NAE_Eesti_seltside_protokollid_1900-1917, lk 6
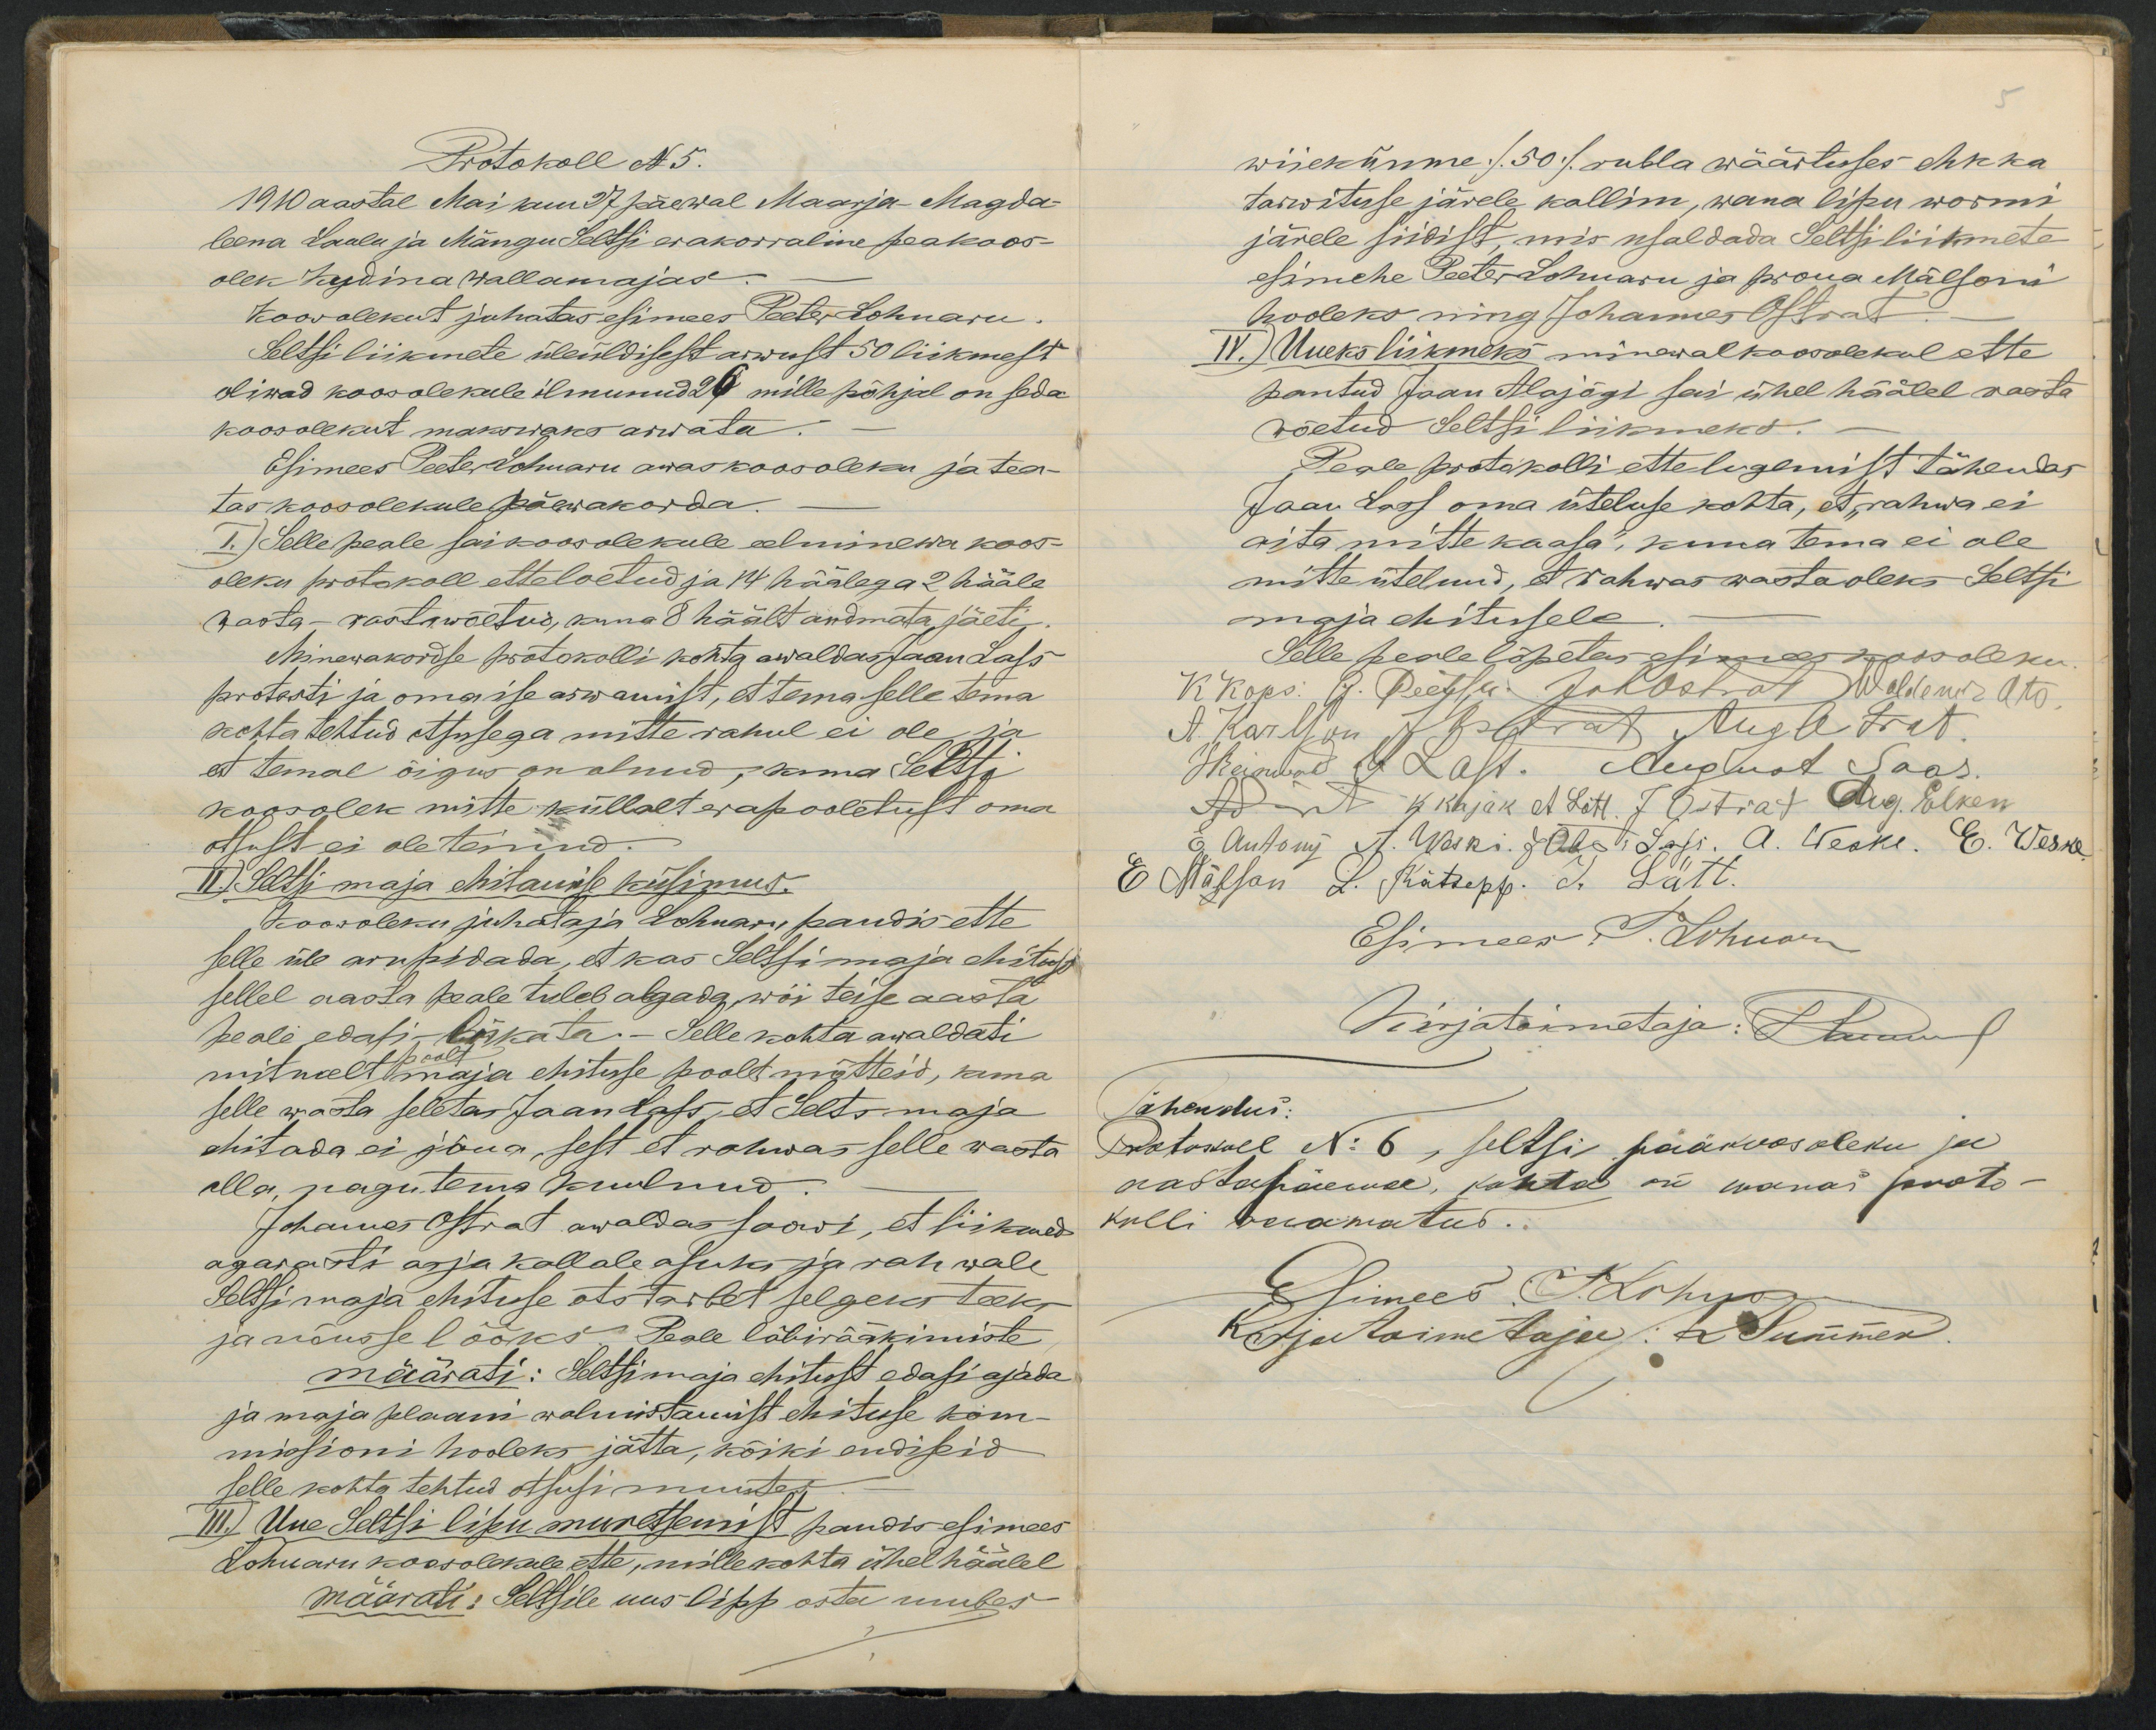
Protokoll N5.
1910 aastal Mai kuu 27 päewal Maarja- Magda-
leena Laulu ja Mängu Seltsi erakorraline peakoos-
olek Kudina wallamajas
Koosolekut juhatas esimees Peeter Lohuaru.
Seltsi liikmete üleüldisest arwust 50 liikmest
oliwad koosolekule ilmunud 26 mille põhjal on seda
koosolekut makswaks arwata
Esimees Peeter Lohuaru awas koosoleku ja tea-
tas koosolekule päewakorda.
I.) Sellepeale sai koosolekule eelminewa koos-
oleku protokoll etteloetud ja 14 häälega 2 hääle
wasta wastawõetud, kuna 8 häält andmata jäeti
Minewakordse protokolli kohta awaldas Jaan Lass
protesti ja oma ise arwamist, et tema selle tema
kohta tehtud otsusega mitte rahul ei ole ja
et temal õigus on olnud, kuna Seltsi
koosolek mitte küllalt erapooletust oma
otsust ei ole teinud.
II.) Seltsi maja ehitamise küsimus.
Koosoleku juhataja Lohuaru pandis ette
selle üle arupidada, et kas Seltsimaja ehitust
sellel aasta peale tuleb algada wõi teise aasta
peale edasi lükata.- Selle kohta awaldati
mitmelt maja ehituse poolt mõtteid, kuna
selle wasta seletas Jaan Lass, et Selts maja
ehitada ei jõua, sest et rahwas selle wasta
olla, nagu tema kuulnud.
Johannes Ostrat awaldas soowi, et liikmed
aga warsti asja kallale asuks ja rahwale
Seltsimaja ehituse otstarbet selgeks teeks
ja nõusse lööks Peale läbirääkimiste
määrati: Seltsimaja ehitust edasi ajada
ja maja plaani walmistamist ehituse kom-
missioni hooleks jätta, kõiki endisid
selle kohta tehtud otsusi muutes
III.) Uue Seltsi lipu muretsemist pandis esimees
Lohuaru koosolekule ette, mille kohta ühel häälel
määrati: Seltsile uus lipp osta umbes

wiiekümne /50/ rubla wäärtuses ehk ka
tarwituse järele kallim, wana lipu wormi
järele siidist mis usaldada Seltsi liikmete
esimehe Peeter Lohuaru ja proua Mälsoni
hooleks ning Johannes Ostrat
IV.) Uueks liikmeks minewal koosolekul ette
pantud Jaan Alajõgi sai ühel häälel wasta
wõetud Seltsi liikmeks
Peale protokolli ettelugemist tähendas
Jaan Loss oma üteluse kohta, et rahwa ei
aita mitte kaasa, kuna tema ei ole
mitte ütelnud, et rahwas wasta oleks Seltsi
maja ehitusele
Tähendus:
Protokoll N: 6, seltsi pääkoosoleku ja
aastapäewa, kohta on wanas proto-
kolli raamatus..